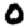
Digit: 0